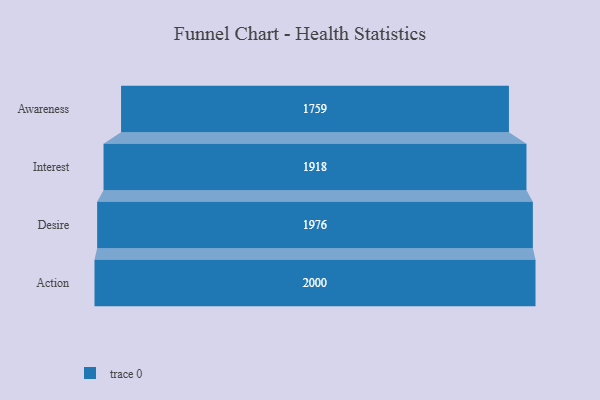
{"axis": {"x": "Stage", "y": "Value"}, "legend": [""], "data": [{"x": "Awareness", "y": 1759.0, "type": ""}, {"x": "Interest", "y": 1918.0, "type": ""}, {"x": "Desire", "y": 1976.0, "type": ""}, {"x": "Action", "y": 2000, "type": ""}]}